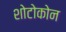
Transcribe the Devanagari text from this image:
शोटोकोन